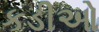
કડીઓ